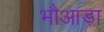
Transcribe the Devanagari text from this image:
भौआड़ा